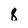
Character: 8